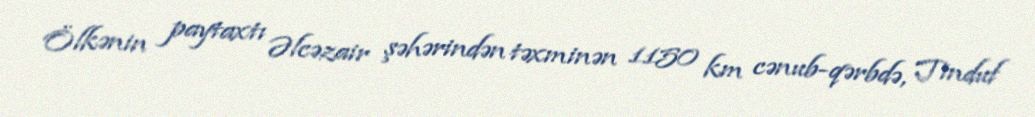
Ölkənin paytaxtı Əlcəzair şəhərindən təxminən 1150 km cənub-qərbdə, Tinduf